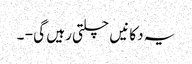
یہ دکانیں چلتی رہیں گی - ۔